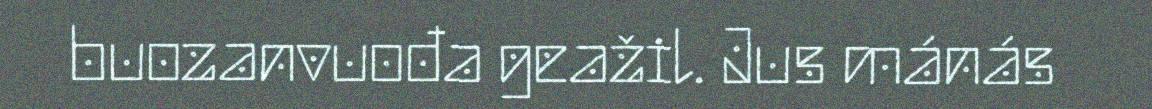
buozanvuođa geažil. Jus mánás